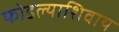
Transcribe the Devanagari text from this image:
फोडल्याशिवाय